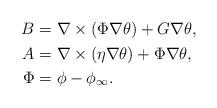
LaTeX: \begin{align*}\begin{aligned}B&=\nabla \times( \Phi\nabla \theta)+G\nabla \theta,\\A&=\nabla \times (\eta\nabla \theta)+\Phi\nabla \theta, \\\Phi&=\phi-\phi_{\infty}. \end{aligned}\end{align*}